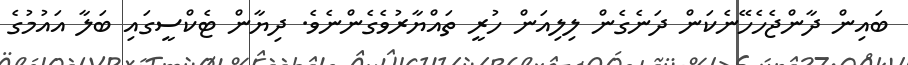
ބައިން ދާންޖެހެހޭނެކަން ދަނެގެން ލިލިއަން ހުރީ ތައްޔާރުވެގެންނެވެ. ދިޔާން ޓެކްސީގައި ބަލާ އައުމުގެ